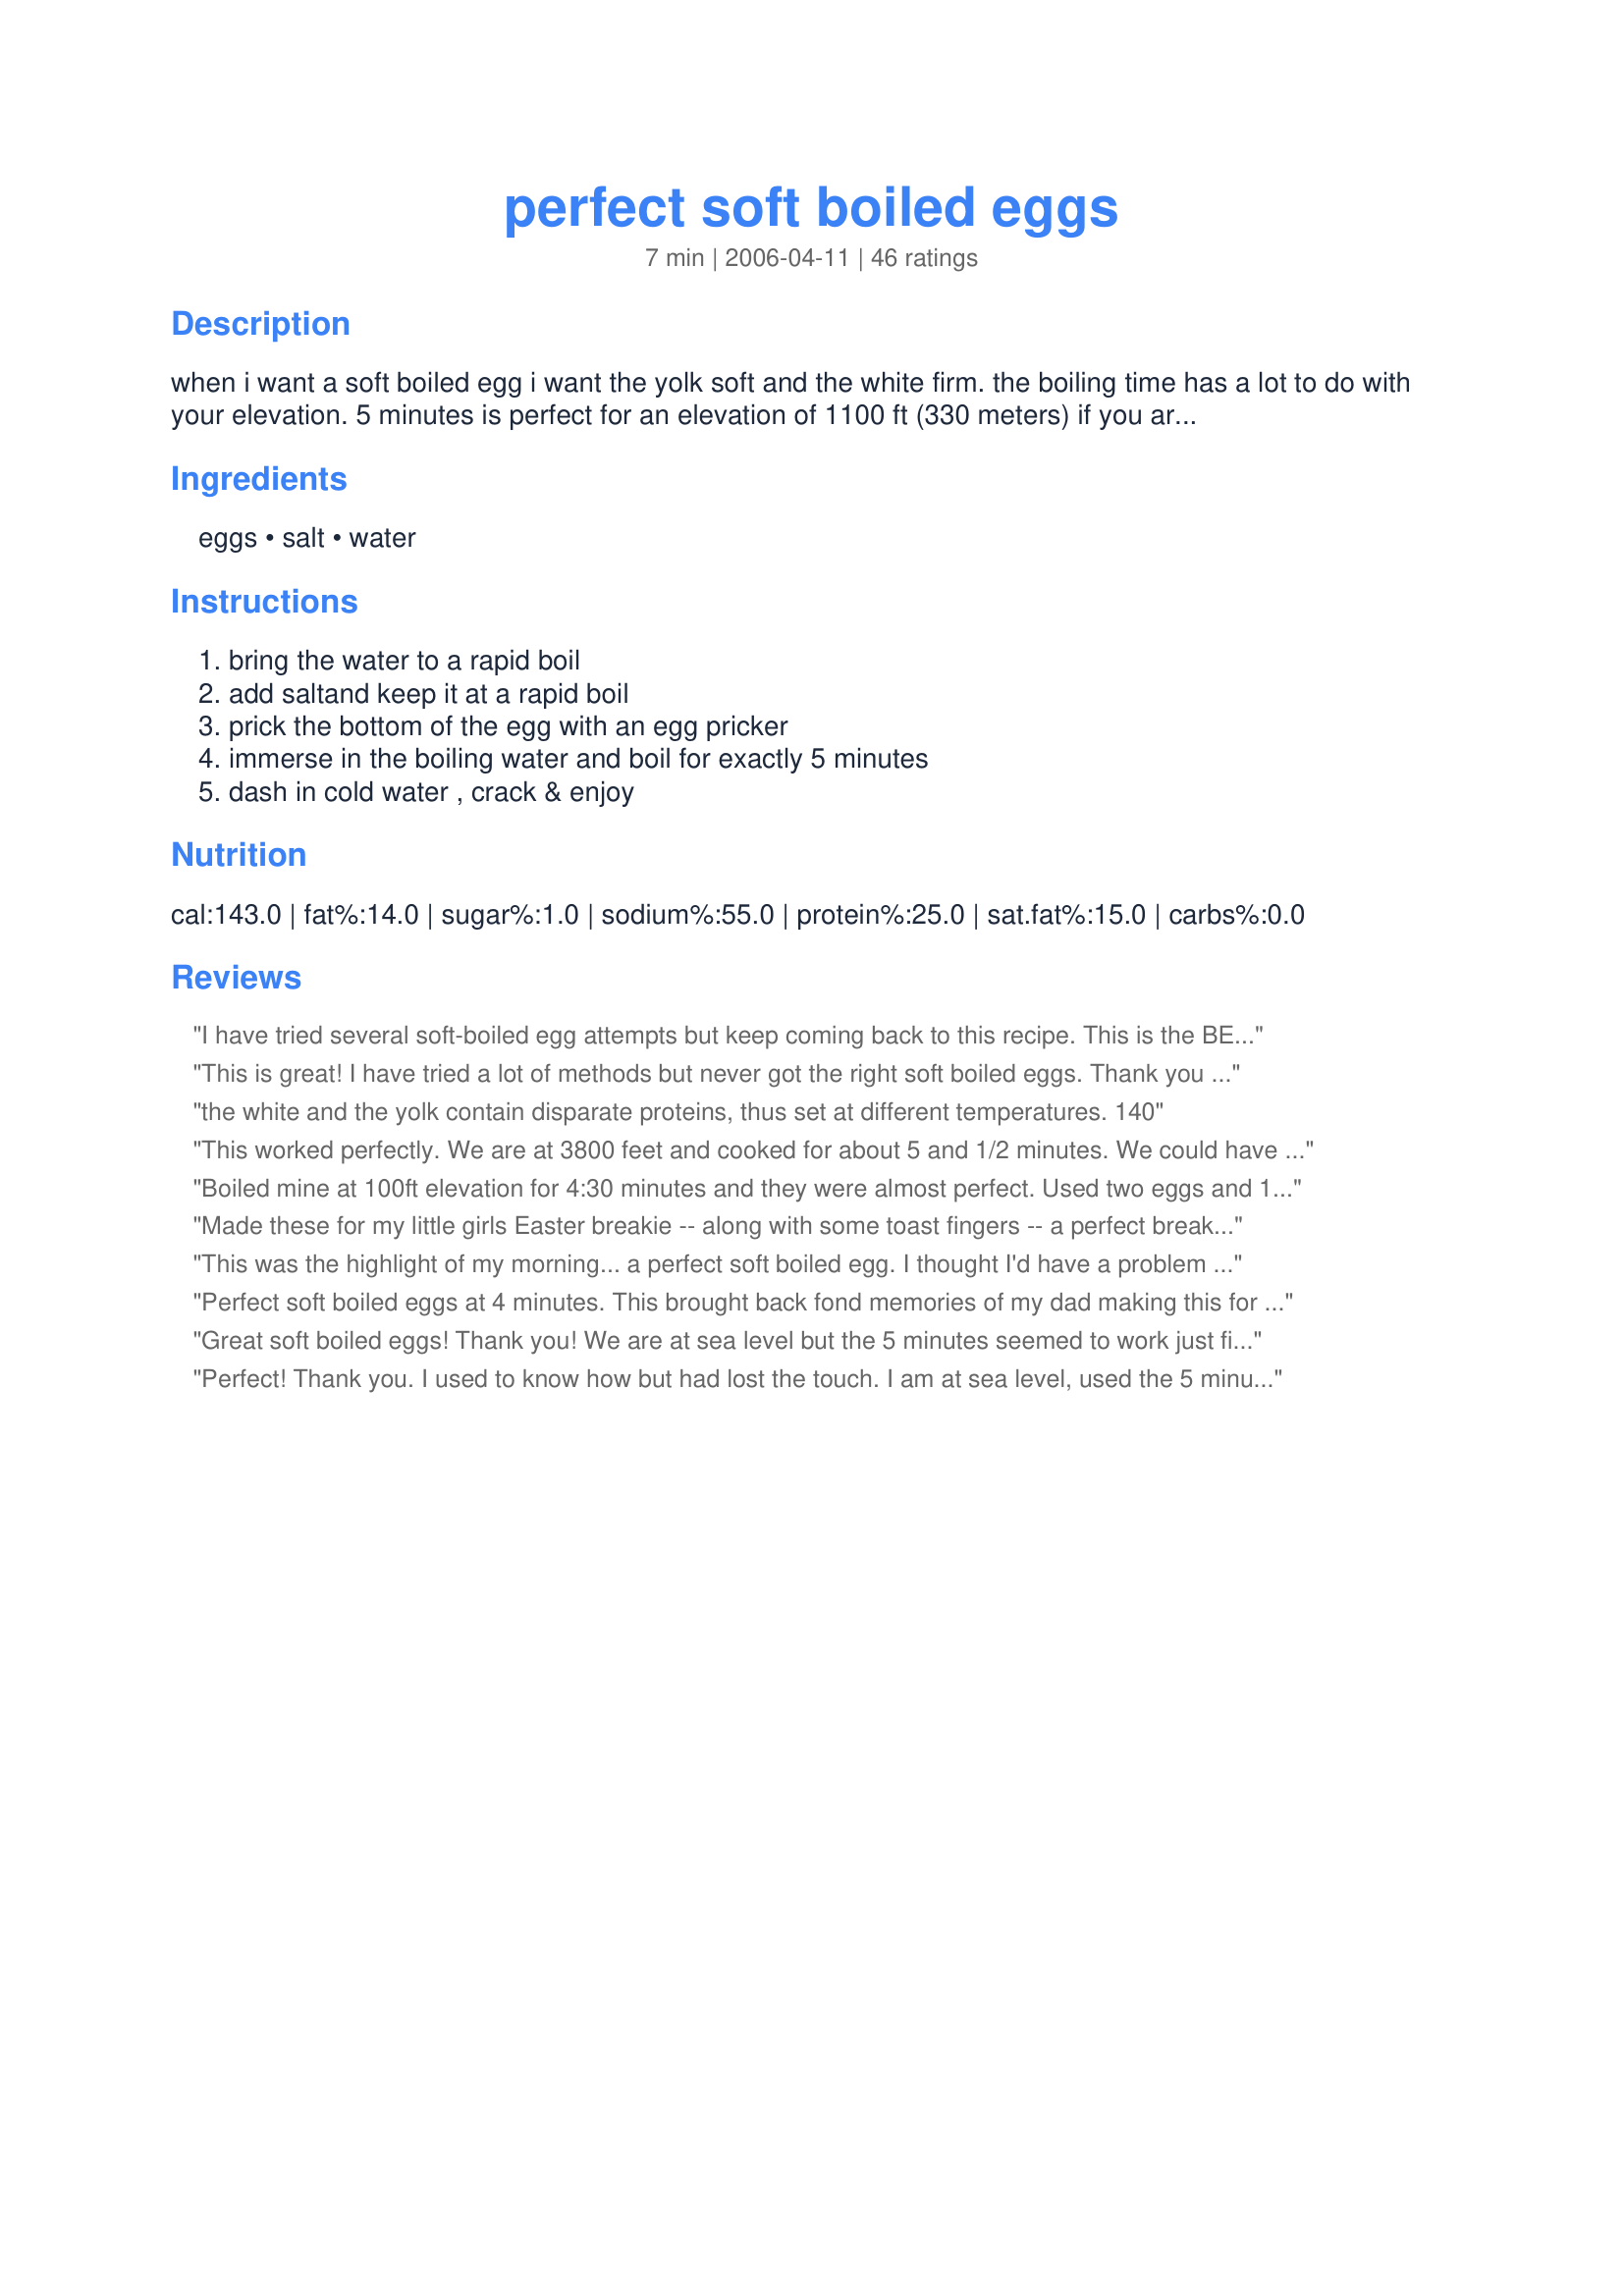
perfect soft boiled eggs
Preparation time: 7 minutes

when i want a soft boiled egg i want the yolk soft and the white firm. the boiling time has a lot to do with your elevation. 5 minutes is perfect for an elevation of 1100 ft (330 meters) if you are nearer sea level decrease the boiling time if at a higher elevation increase the time. i was surprised that there wasn't a recipe for soft boiled eggs posted (just one with saltine crackers) so simple as it may be i am sure there are many that struggle for the perfect boiled egg. invest in an egg pricker, a little tool that will prick a small hole in the bottom of the egg allowing the air to escape, preventing the egg from cracking as it boils

Ingredients:
eggs, salt, water

Steps:
bring the water to a rapid boil, add saltand keep it at a rapid boil, prick the bottom of the egg with an egg pricker, immerse in the boiling water and boil for exactly 5 minutes, dash in cold water , crack & enjoy

Reviews:
I have tried several soft-boiled egg attempts but keep coming back to this recipe. This is the BEST recipe if you want a good soft boiled egg. Comes out perfect every time. This recipe is a keeper!
This is great! I have tried a lot of methods but never got the right soft boiled eggs. Thank you so much for sharing! Cristina
the white and the yolk contain disparate proteins, thus set at different temperatures. 140
This worked perfectly. We are at 3800 feet and cooked for about 5 and 1/2 minutes. We could have cooked for a minute more for slightly harder yolks. Thanks.
Boiled mine at 100ft elevation for 4:30 minutes and they were almost perfect. Used two eggs and 1 1/2 pieces of toast, salt and pepper-yum,yum!
Made these for my little girls Easter breakie -- along with some toast fingers -- a perfect breakfast for my little Princess!
This was the highlight of my morning... a perfect soft boiled egg. I thought I'd have a problem poking a pin through the egg.. but Nope!! I did it! My egg was perfect in 5 minutes. Oh happy day... no more slopping around poaching eggs and washing pans. Plus I got to use my antique egg cup that's been sitting in my cupboard for 15 years. I felt special when I sat down to this lovely breakfast.
Perfect soft boiled eggs at 4 minutes. This brought back fond memories of my dad making this for me whenever I was sick. It always did the trick. The shells came off of the egg very easily. thanks for sharing your recipe:)
Great soft boiled eggs! Thank you! We are at sea level but the 5 minutes seemed to work just fine. Used a needle to prick the egg shell. I was sure that putting the eggs in when the water was boiling was the correct technique; just wasn't sure about the time required. Also make sure you take into account whether the egg has come straight from the fridge or not. Best if you can have them out for a bit, to bring them closer to room temp before putting them in the boiing water.
Perfect! Thank you. I used to know how but had lost the touch. I am at sea level, used the 5 minutes still, and it was perfect for me yolk soft, white firm.
They were perfect!!! I was introduced to soft boiled eggs by my husband&#039;s aunt and had a craving today. Looked here for some directions and plan to make these more often. I served on a slice of buttered toast with S&amp;P. Delish and easier to make than poached. We live at 3300ft and I boiled for 5 1/2 minutes.
Perfect is right! Five minutes was perfect for this 1100 feet altitude. It's been since I was little that I had soft boiled eggs, so this was delicious and nostalgic for me. My husband said his mom used to heat a needle with a flame, then prick the egg, so I tried it and it worked great. Thanks Bergy!
what is an egg pricker never heard of it
PERFECTION at exactly 5 minutes!! Thank you!
Yup! I'm enjoying perfectly soft boiled eggs as I type this! Thanks.
PERFECT!!! Just how my Mom used to make it!!! Thanks for posting!
I have just had two of the most PERFECT soft boiled eggs. It's been a very long time. I didn't have an egg pricker, but a safety pin worked just as well. Now I'll be able to enjoy my favourite eggs more often. You're a life saver Bergy. :) Honoured to make this as a "Thank You" for voting for Lawrencetown, Nova Scotia in the 2010 Kraft Hockeyville Competition.
Just tried this procedure and it definitely is the best hands down. I didn't change a thing. Hadn't had them in years and it brought back a lot of wonderful memories. Love it!!!! Linda
Whoever wrote this recipe officially replaces Jesus Christ as the most influential person in history. THANK YOU, I finally have perfectly cooked soft boiled eggs after years of frustration and failed attempts!
My husband asked me to prepare soft boiled eggs. I can never remember the time frame so I checked on the internet. I came across this recipe and decided to try it. I followed the recipe exactly and the eggs came out perfectly. My husband said these were the best soft boiled eggs I have ever cooked for him. This is now my go to recipe. :)
Perfect Soft Boiled Eggs Bergy, followed the recipe except the egg pricker part. I get these jumbo eggs that have quite fragile shells and I was a bit nervous about using anything else but an egg pricker as I don't own one yet so I passed on that part but followed everything else to the letter. Perfect eggs what a joy to know that every time I make soft boiled eggs they will be perfect DH's favourite serve with toast points! Thanks for posting Bergy.
pricked egg at 25 feet above sea level. Cooked for five minutes.....real good, but going to go 4:45 next time for a little sloppier yolk. Will post results.
I remember the soft boiled eggs of my youth. It was mom's cure for all illnesses. I was sick awhile back and desired the comfort of my childhood. I've never been good at eggs...just could never get it right. These turned out perfectly! I've long since recovered but still continue to enjoy perfect soft boiled eggs. Don't be discouraged by not having an egg pricker. I actually use the pointy part of my wine opener.
Fantastic! I did mine at 4:45 (I&#039;m 550ft. above sea level) and they came out absolutely perfect.
Wow it worked. Best soft boiled eggs ever!!
I'm so happy I found this recipe haven't tried it yet but I will in the morning.
This morning my husband asked me what I would like for breakfast. It&#039;s been a while since I had a nicely cooked soft boiled egg. He hardly ever cooks and so when I saw him poking holes in the eggs I thought &quot;Oh boy he&#039;s experimenting again&quot;! He used this recipe to make the perfect soft boiled egg. It really was perfect. Thank you for sharing!
Excellent! I have been looking for a good soft-boiled egg recipe for years. I tried this one, and I forgot that I had bacon on the plate. I didn't even salt and pepper the egg! And it was absolutely perfect. Regarding the egg pricking thing, I learned online that you can simply use an ordinary household tack, which I did, and it worked great. It seems more sanitary -and certainly less expensive - than the commercial egg prickers because this one can be sanitized and stabbed into a wine cork for storage. It definitely takes up less room in my bulging gadget drawer, too. Thanks again for a terrific staple recipe for my collection.
Simple easy recipe. We cooked 5.5 minutes but my husband would prefer 6 next time for a slightly more done egg. This peeled super easy! I used an egg piercer for this too.
Perfect soft boiled eggs. Runny just the way I enjoy them. Quick and easy to do. Thanks for sharing. Made for Best of 2014.
Thank you Bergy for showing me how easy it is to make soft boiled eggs. I have eaten them in restaurants and always thought they were heavenly. But now, I know how to do it myself! They were the perfect surprise for our brunch today. Thanks again for a perfectly boiled egg.
At 2200ft I need just under 6 minutes to get that perfect yolk. Thanks so much for the tip on elevation changing the timing. I always wondered why 3min worked perfectly for my Granny (at sea level) and I could just NOT get it right!
IT WORKED !!!! after all these years of using different methods this is the first one where I got a perfect soft boiled egg. I was skeptical about pricking the egg and I used a push pin but it worked - thank you :-)
Terrible - idea - I followed instructions to the tee!!! Eggs came out too runny - clear on the egg whites - and the shells would not peel - wasted 6 good eggs - thanks for the bs recipe and for ruining my day - keep your ideas to yourself next time
WOW!! Perfect, I haven't had these for years and years. I only wish I could have given my mother the secret to getting the shells off without burning her fingers. What a joy and perfectly made to my taste. I am making them again (twice in one week) Bon Appetit!
I recently had soft boiled eggs for the first time, and now I will be making them often for myself. I will cook them just a tad longer next time to be sure whites are cooked through (large eggs at 400 ft elevation unpricked). Thank you for posting this!
BAM! Perfect first attempt. I'm at 100' over sea level. 5 minutes on the button. Thank you to the reviewer with the safety pin trick, that worked like a charm. I tossed the little guys in to a bowl, and broke up pieces of wet toast over the top, then broke the eggs into pieces witha spoon...just like Grandma used to do for me. MMMMM. Now I have a new breakfast alternate to my perfectly poached eggs (PPE's as we like to call them around here). <br/>Thanks for posting.
This simple soft boiled eggs recipe is the best I have ever used! Perfect results every time!
331' of elevation here, was afraid whites would be runny so I stuck with the full five minutes (which according to this submitter should have made them set a little more solid), using egg timer, ice water and following directions to a tee. Still eggs were so soft after peeling that they flattened out while they were waiting to be put in my ramen. I cut one open and the yolk oozed out beautifully but half the white also slid out like a big snot ball. If I had decreased the time at all only a slight amount the set white would have been so thin it would have just broken open while lying there. I wont be rude and complain about the recipe, I just dont understand how this can work so perfectly for so many people and be such an epic failure for me. ??
Fantastic!! Fool proof recipe!!
I love soft boiled eggs but rarely have made them b/c I never could get the timing right. I'm at an elevation of about 500ft, and just over 5 minutes was perfect! I don't have an egg pricker and the recipe still worked just right. And now that dd has discovered the fun of eating soft boiled eggs, I'm sure I'll be making these all the time. Thanks Bergy!
4:45 for an elevation of approx 450ft for me works perfect.
I had forgotten how much I love soft-boiled eggs! Your recipe is perfect, just like my Mother used to make for us. I did have an egg pricker, came with my Paula Deen Toaster/Poacher, and the shells just slid right off the eggs. Enjoyed them with buttered toast points and sliced tomatoes. Thanks, Bergy!
My husband wanted soft boiled eggs for easter breakfast. This recipe was so easy and they turned out perfect. I did not have an egg pricker or a needle so I was concerned I would mess them up. No worries! Perfect eggs. I shredded up toast and drop the whole eggs on top in a bowl. I had never eaten them before. I do believe this may be a new breakfast favorite.
I love soft boil eggs and have been eating them for years. This is a perfect way of making them and it has been working for me always. I know this recipe is not going to be for everyone but I love to have it sometimes along with toasted english muffin and slices of tomato, salt and pepper. Perfect breakfast or light dinner. Thank you Bergy for reminding me how much I enjoy eggs this way!
I wanted a perfect soft boiled egg as my first real meal after a stomach bug. I used a safety pin to pierce the egg and cooked for 5 1/2 minutes. Perfect! Thank you!! I found this recipe using Google's new recipe search.
